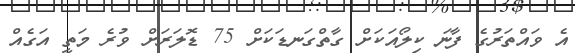
އެ ވައްތަރުގެ ފާނަ ކިލޯއަކަށް ގާތްގަނޑަކަށް 75 ޑޮލަރަށް ވުރެ މަތީ އަގެއް